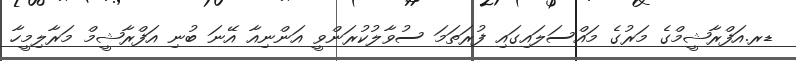
ޑރ.އަފްރާޝީމްގެ މަރުގެ މައްސަލައިގައި ފުރަތަމަ ސުވާލުކުރަންވީ އަންނިއާ އޭނަ ބުނި އަފްރާޝީމް މަރާލިމީހާ